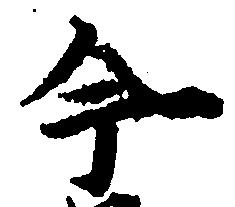
今